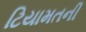
ટિયામતની